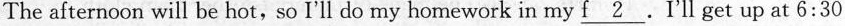
The afternoon will be hot,so I'll do my homework in my \underline{f 2} . I'll get up at 6:30